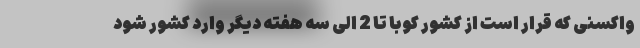
واکسنی که قرار است از کشور کوبا تا 2 الی سه هفته دیگر وارد کشور شود